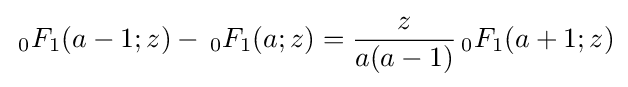
\,_{0}F_{1}(a-1;z)-\,_{0}F_{1}(a;z)={\frac {z}{a(a-1)}}\,_{0}F_{1}(a+1;z)